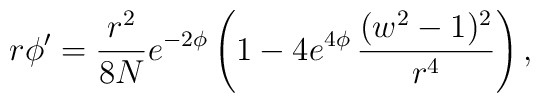
r\phi ^{\prime }=\frac{r^{2}}{8N}e^{-2\phi }\left( 1-4e^{4\phi }\,\frac{(w^{2}-1)^{2}}{r^{4}}\right) ,